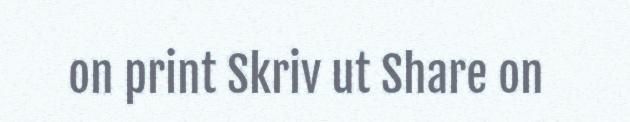
on print Skriv ut Share on